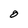
Character: O